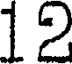
12